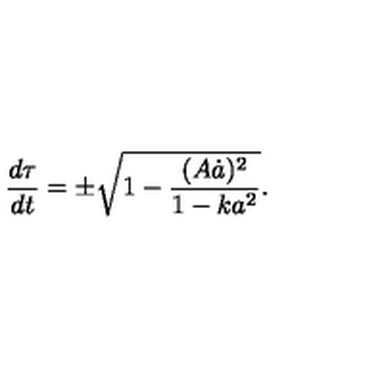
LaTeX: \frac { d \tau } { d t } = \pm \sqrt { 1 - \frac { ( A \dot { a } ) ^ { 2 } } { 1 - k a ^ { 2 } } } .